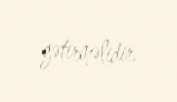
gətirməlidir.